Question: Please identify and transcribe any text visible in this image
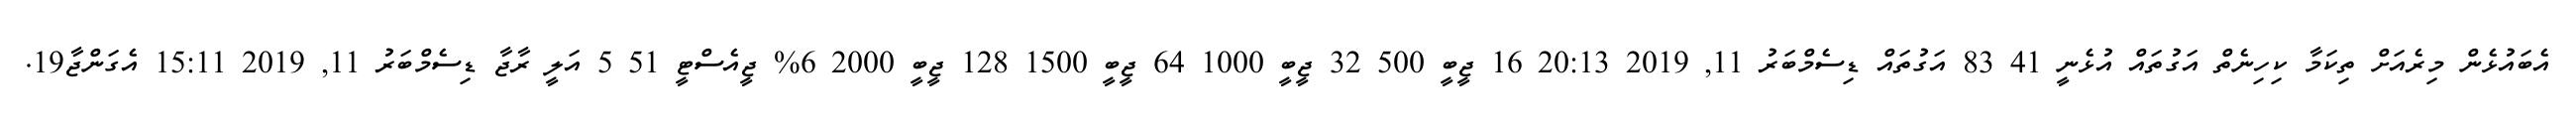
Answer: އެބައުޅެން މިރެއަށް ތިކަމާ ކިހިނެތް އަގުތައް އުޅެނީ 41 83 އަގުތައް ޑިސެމްބަރު 11, 2019 20:13 16 ޖީބީ 500 32 ޖީބީ 1000 64 ޖީބީ 1500 128 ޖީބީ 2000 6% ޖީއެސްޓީ 51 5 އަލީ ރާޖާ ޑިސެމްބަރު 11, 2019 15:11 އެގަންޖާ19.